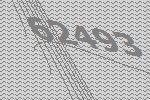
62493